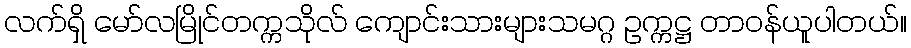
လက်ရှိ မော်လမြိုင်တက္ကသိုလ် ကျောင်းသားများသမဂ္ဂ ဥက္ကဋ္ဌ တာဝန်ယူပါတယ်။